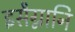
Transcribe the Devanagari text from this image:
इसैग्नानि